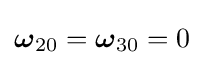
{\boldsymbol {\omega }}_{20}={\boldsymbol {\omega }}_{30}=0